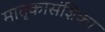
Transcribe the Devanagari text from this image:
मातृकासंज्ञिका